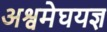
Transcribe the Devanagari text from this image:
अश्वमेघयज्ञ